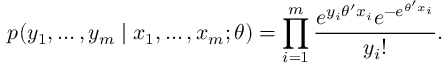
p ( y _ { 1 } , \ldots , y _ { m } \mid x _ { 1 } , \ldots , x _ { m } ; \theta ) = \prod _ { i = 1 } ^ { m } { \frac { e ^ { y _ { i } \theta ^ { \prime } x _ { i } } e ^ { - e ^ { \theta ^ { \prime } x _ { i } } } } { y _ { i } ! } } .